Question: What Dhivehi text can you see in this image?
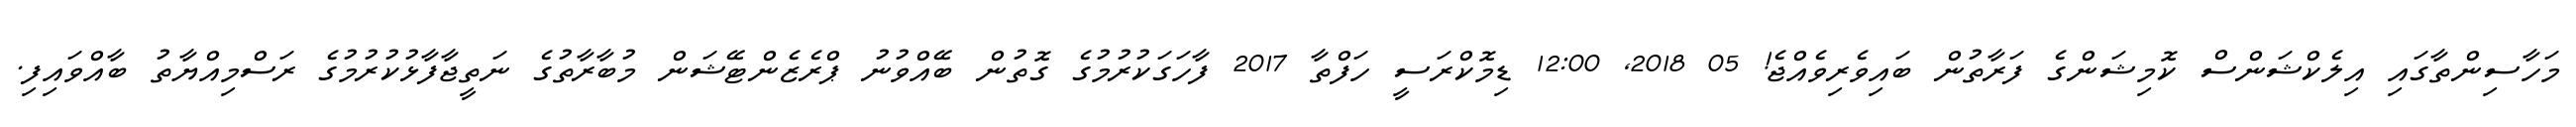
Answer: މަހާސިންތާގައި އިލެކްޝަންސް ކޮމިޝަންގެ ފަރާތުން ބައިވެރިވެއްޖެ! 05 2018, 12:00 ޑިމޮކްރަސީ ހަފްތާ 2017 ފާހަގަކުރުމުގެ ގޮތުން ބޭއްވުނު ޕްރެޒެންޓޭޝަން މުބާރާތުގެ ނަތީޖާފާޅުކުރުމުގެ ރަސްމިއްޔާތު ބާއްވައިފި.